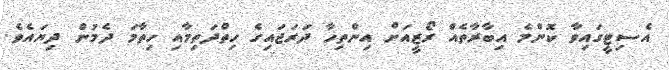
އެސިޓީގައިވާ ކޮންމެ އިބާރާތެއް ރޯޒީއަށް އިންތިހާ ދަރަޖައިގެ ހިތްދަތިމާއި ހިތާމަ ދެމުން ދިޔައެވެ.